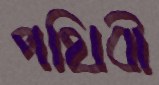
পথিবী